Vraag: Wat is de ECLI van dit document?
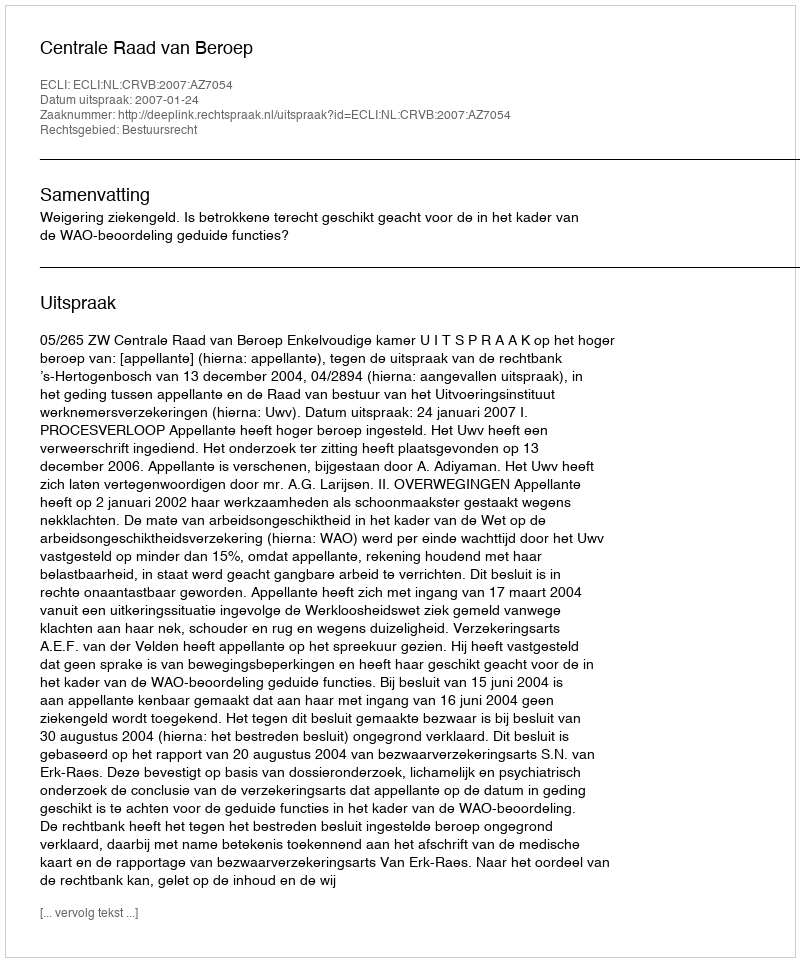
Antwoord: ECLI:NL:CRVB:2007:AZ7054